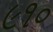
૯૧૦